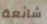
شائعة